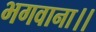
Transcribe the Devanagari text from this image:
भगवाना।।